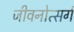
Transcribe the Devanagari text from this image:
जीवनोत्सर्ग